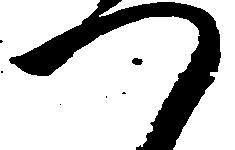
つ